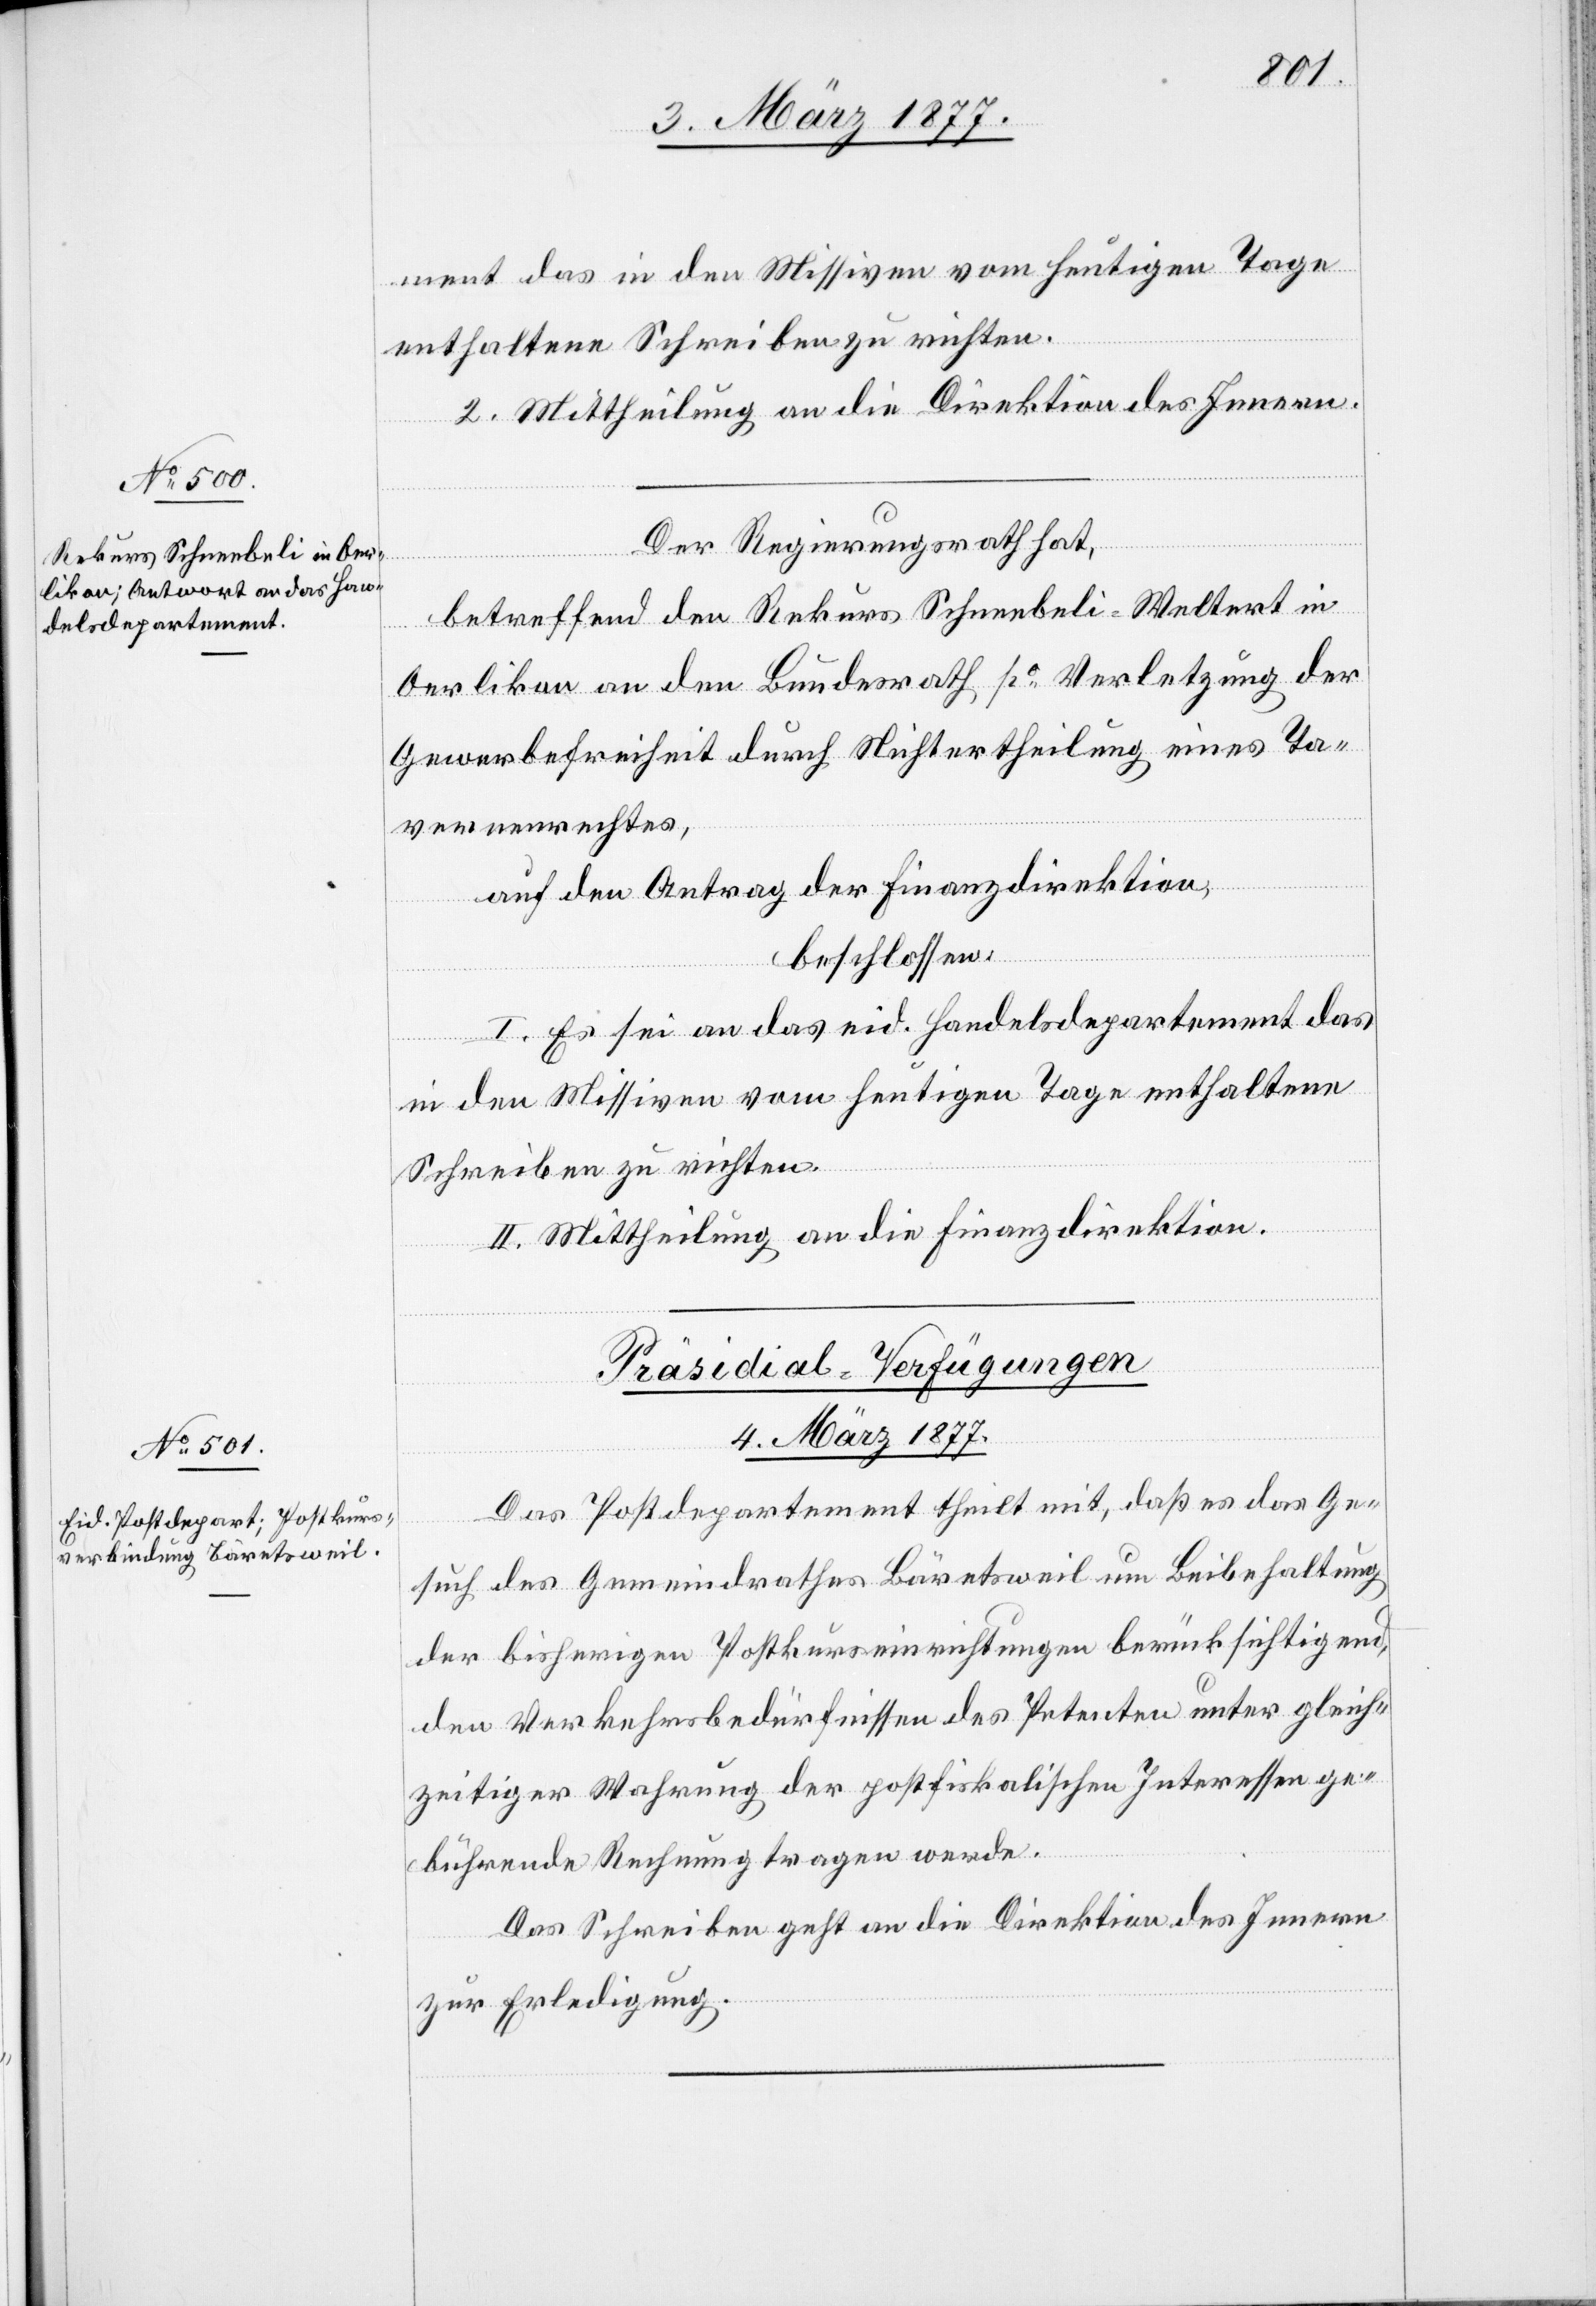
ment das in den Missiven vom heutigen Tage
enthaltene Schreiben zu richten.
2. Mittheilung an die Direktion des Innern.
Der Regierungsrath hat,
betreffend den Rekurs Schneebeli-Weltert in
Oerlikon an den Bundesrath po Verletzung der
Gewerbefreiheit durch Nichtertheilung eines Ta¬
vernenrechtes,
auf den Antrag der Finanzdirektion,
beschlossen:
I. Es sei an das eid. Handelsdepartement das
in den Missiven vom heutigen Tage enthaltene
Schreiben zu richten.
II. Mittheilung an die Finanzdirektion.
Präsidial-Verfügungen
4. März 1877.
Das Postdepartement theilt mit, daß es das Ge¬
such des Gemeindrathes Bärentsweil um Beibehaltung
der bisherigen Postkurseinrichtungen berücksichtigend,
den Verkehrsbedürfnissen des Petenten unter gleich¬
zeitiger Wahrung der postfiskalischen Interessen ge¬
bührende Rechnung tragen werde.
Das Schreiben geht an die Direktion des Innern
zur Erledigung.